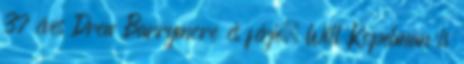
37 éves Drew Barrymore és férje, Will Kopelman is